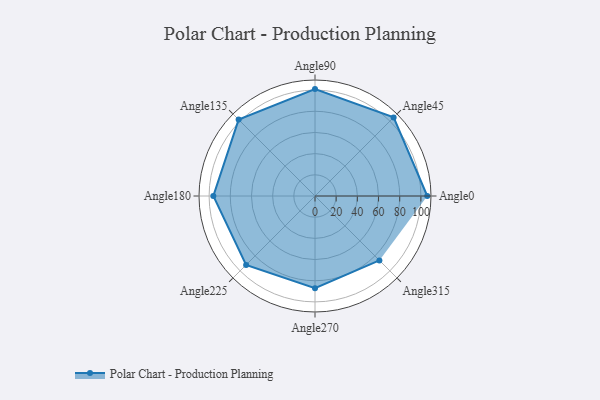
{"axis": {"x": "Angle", "y": "Radius"}, "legend": [""], "data": [{"x": "Angle0", "y": 106.0, "type": ""}, {"x": "Angle45", "y": 105.0, "type": ""}, {"x": "Angle90", "y": 101.0, "type": ""}, {"x": "Angle135", "y": 102.0, "type": ""}, {"x": "Angle180", "y": 96.0, "type": ""}, {"x": "Angle225", "y": 92.0, "type": ""}, {"x": "Angle270", "y": 87.0, "type": ""}, {"x": "Angle315", "y": 86.0, "type": ""}]}